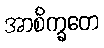
အာစိက္ခတေ